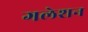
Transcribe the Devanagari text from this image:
गलेशन